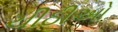
ચીઠીઓ